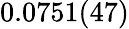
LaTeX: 0.0751(47)